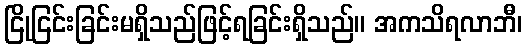
ငြိုငြင်းခြင်းမရှိသည်ဖြင့်ရခြင်းရှိသည်။ အကသိရလာဘီ၊